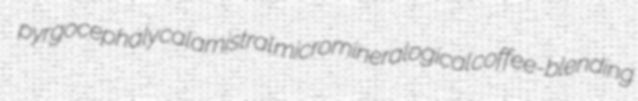
pyrgocephaly calamistral micromineralogical coffee-blending